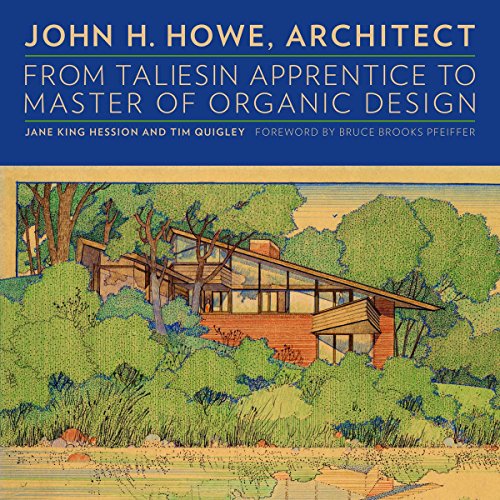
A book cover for John H. Howe, Architect: From Taliesin Apprentice to Master of Organic Design; Jane King Hession; Arts & Photography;